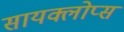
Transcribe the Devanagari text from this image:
सायक्लोप्स